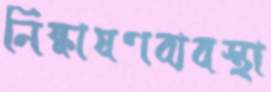
নিষ্কাষণব্যবস্থা